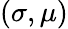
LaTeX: (\sigma,\mu)